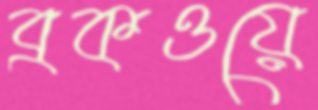
ব্রকওয়ে